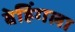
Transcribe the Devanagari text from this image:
बेह्रिंगला